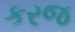
કરજ